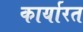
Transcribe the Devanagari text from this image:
कार्यारत